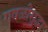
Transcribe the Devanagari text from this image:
गवळीसुद्धा